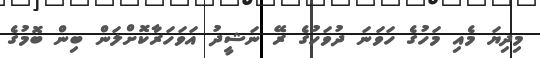
މިދިޔަ މެއި މަހުގެ ހަވަނަ ދުވަހުގެ ރޭ ނަޝީދު އަވަހަރާކޮށްލަން ބިން ބޮމުގެ